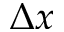
\Delta x